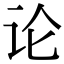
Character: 论